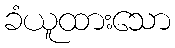
ခံယူထားသော